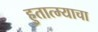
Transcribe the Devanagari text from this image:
हुतात्म्याचा